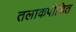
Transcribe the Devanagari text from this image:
तलाकपीडित